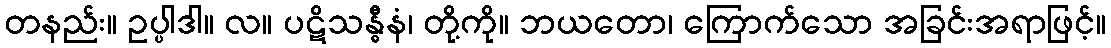
တနည်း။ ဥပ္ပါဒါ။ လ။ ပဋိသန္ဓီနံ၊ တို့ကို။ ဘယတော၊ ကြောက်သော အခြင်းအရာဖြင့်။